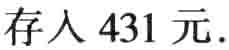
存入 431 元.